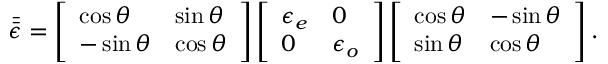
\bar { \bar { \epsilon } } = \left[ \begin{array} { l l } { \cos \theta } & { \sin \theta } \\ { - \sin \theta } & { \cos \theta } \end{array} \right] \left[ \begin{array} { l l } { \epsilon _ { e } } & { 0 } \\ { 0 } & { \epsilon _ { o } } \end{array} \right] \left[ \begin{array} { l l } { \cos \theta } & { - \sin \theta } \\ { \sin \theta } & { \cos \theta } \end{array} \right] .